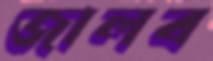
জালব